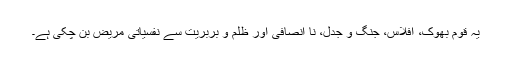
یہ قوم بھوک، افلاس، جنگ و جدل، نا انصافی اور ظلم و بربریت سے نفسیاتی مریض بن چکی ہے۔